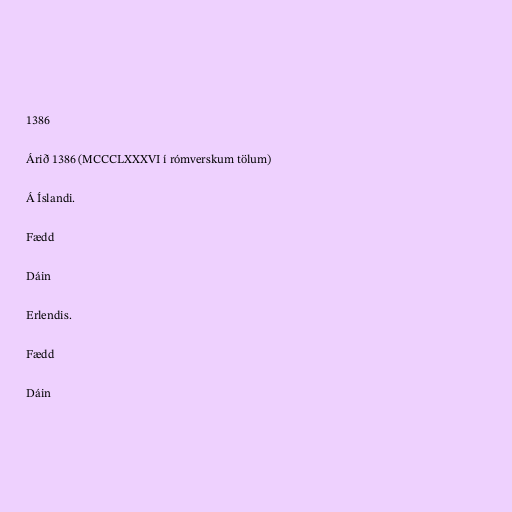
1386

Árið 1386 (MCCCLXXXVI í rómverskum tölum)

Á Íslandi.

Fædd

Dáin

Erlendis.

Fædd

Dáin